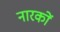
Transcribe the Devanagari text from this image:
नारकों